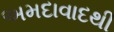
અમદાવાદથી